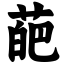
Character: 葩